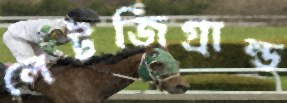
লেটজিগ্রান্ড